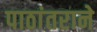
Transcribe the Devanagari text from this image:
पाठांतराने